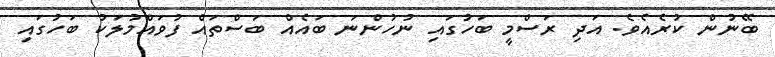
ބޭނުން ކުރެއެވެ. އަދި ރަސްމީ ބަހުގައި ނުހުންނަ ބައެއް ބަސްތައް ފުވައްމުލަކު ބަހުގައި